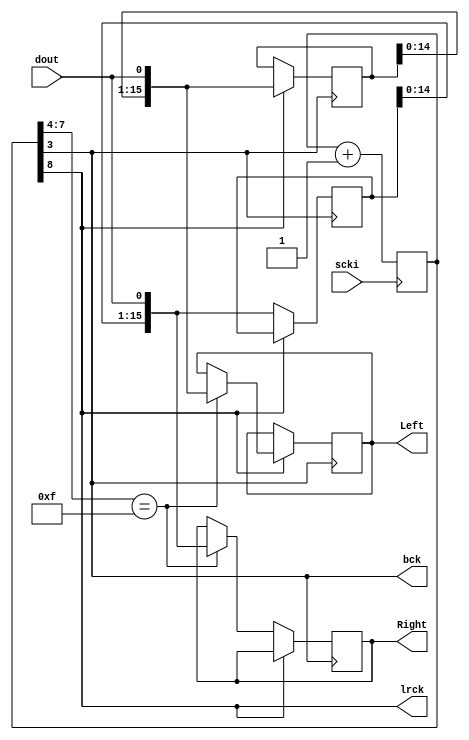

module pcm1801(
	input wire scki,
	input wire dout,
	output wire lrck,
	output wire bck,
	output reg[15:0]Left,
	output reg[15:0]Right
);

reg [8:0]cnt;
always @(posedge scki)
	cnt <= cnt+1;

assign lrck = cnt[8];
assign bck = cnt[3];

reg [15:0]LeftSR;
reg [15:0]RightSR;

always @(posedge bck)
begin
	if(lrck==1'b1)
	begin
		LeftSR <= { LeftSR[14:0], dout };
		if( cnt[7:4]==4'hF )
			Left<= { LeftSR[14:0], dout };
	end
	if(lrck==1'b0)
	begin
		RightSR <= { RightSR[14:0], dout };
		if( cnt[7:4]==4'hF )
			Right<= { RightSR[14:0], dout };
	end
end

endmodule